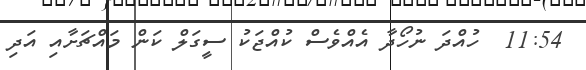
11:54  ހުއްދަ ނުހޯދާ އެއްވެސް ކުއްޖަކު ސީގަލް ކަން މައްޗަށާއި އަދި